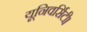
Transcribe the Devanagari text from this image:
यूनिवर्सिटी।